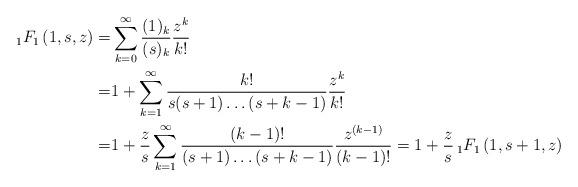
LaTeX: \begin{align*} {}_{1}F_{1}\left(1,s,z\right)=&\sum_{k=0}^{\infty}\frac{(1)_{k}}{(s)_{k}}\frac{z^{k}}{k!}\\=&1+\sum_{k=1}^{\infty}\frac{k!}{s(s+1)\hdots(s+k-1)}\frac{z^{k}}{k!}\\ = & 1 +\frac{z}s \sum_{k=1}^{\infty} \frac{(k-1)!}{(s+1)\hdots(s+k-1)} \frac{z^{(k-1)}}{(k-1)!} =1+\frac{z}s\,{}_{1}F_{1}\left(1,s+1,z\right)\end{align*}